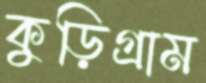
কুড়িগ্রাম